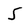
Character: 5